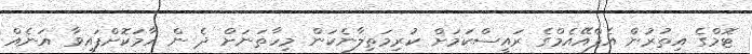
ޓޮމްގެ އިތުރުން އެފްއޭއެމްގެ ރައީސްކަމަށް ކުރިމަތިލާނެކަން މިހާތަނަށް ދެ ން ހާމަކޮށްފައިވާ އަނެއް